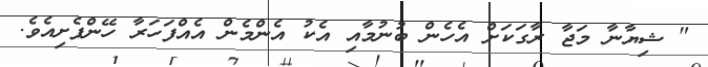
" ޝިޔާނާ މަޖާ ރާގަކަށް އެހެން ބުނުމާއި އެކު އެންމެން އެއްފަހަރާ ހޭންފެށިއެވެ.